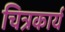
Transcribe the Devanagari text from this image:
चित्रकार्य